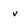
Character: v